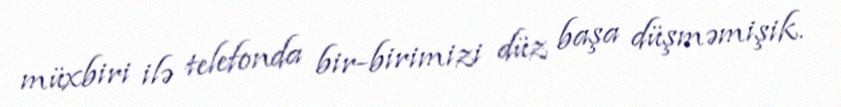
müxbiri ilə telefonda bir-birimizi düz başa düşməmişik.